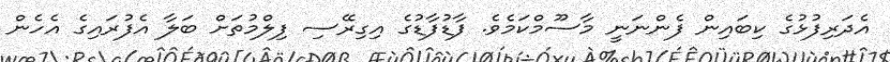
އެދަރިފުޅުގެ ކިބައިން ފެންނަނީ މާސޫމްކަމެވެ. ފާޑުފާޑުގެ އިގިރޭސި ފިލްމުތަށް ބަލާ އެފުރައިގެ އެހެން